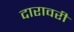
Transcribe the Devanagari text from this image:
दारावरी